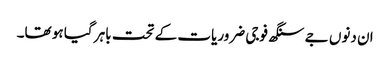
ان دنوں جے سنگھ فوجی ضروریات کے تحت باہر گیا ہو تھا۔